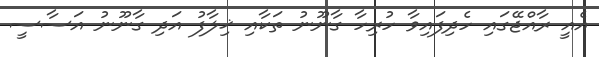
އެއީ ރާއްޖޭގައި ހެދިފައިވާ ހުރިހާ ގާނޫނު ތަކާއި ޚިލާފު އަދި ގާނޫނު އަސާސީ